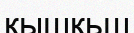
қышқьш